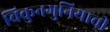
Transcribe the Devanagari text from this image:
चिकुनगुनियाची